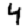
Digit: 4